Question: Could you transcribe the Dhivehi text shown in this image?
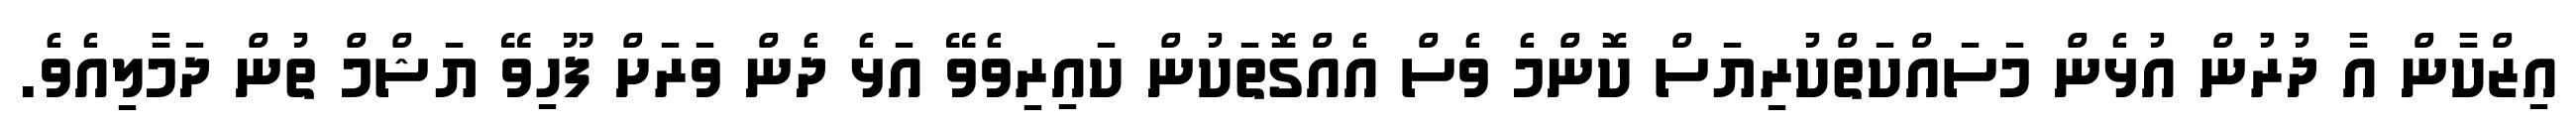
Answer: އިޒްކާން އާ ދުރުން އުޅެން މަސައްކަތްކުރިޔަސް ކޮންމެ ވެސް އެއްގޮތަކުން ކައިރިވެވޭ އަޅެ ދެން ވަރަށް ފޫހިވޭ ޔަޝްމް ތުން ދަމާލިއެވެ.